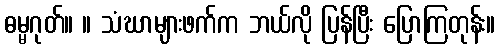
ဓမ္မဂုတ်။ ။ သံဃာများဖက်က ဘယ်လို ပြန်ပြီး ပြောကြတုန်း။